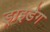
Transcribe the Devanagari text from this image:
ड्राइडेग